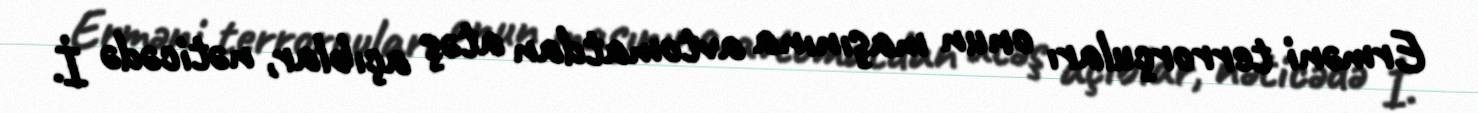
Erməni terrorçuları onun maşınına avtomatdan atəş açıblar, nəticədə İ.